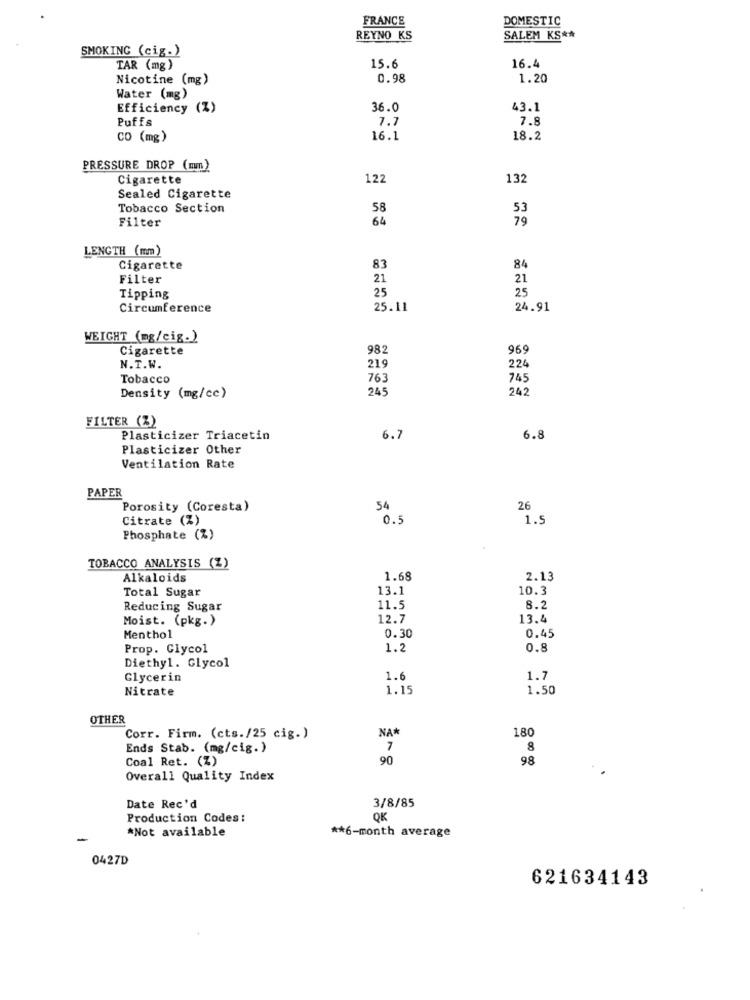
FRANCE
DOMESTIC
REYNO KS
SALEM KS **
SMOKING (cig.)
16.4
TAR (mg)
15.6
Nicotine (mg)
0.98
1.20
Water (mg)
Efficiency (Z)
36.0
43.1
Puffs
1.7
7.8
CO (mg)
16.1
18.2
PRESSURE DROP (mm)
Cigarette
122
132
Sealed Cigarette
Tobacco Section
58
53
Filter
64
79
LENGTH (mm)
Cigarette
83
84
Filter
21
21
25
Tipping
25
Circumference
25.11
24.91
WEIGHT (mg/cig.)
Cigarette
982
969
N.T.W.
219
224
Tobacco
763
745
245
242
Density (mg/cc)
FILTER (%)
Plasticizer Triacetin
6.
6.8
Plasticizer Other
Ventilation Rate
PAPER
Porosity (Coresta)
54
26
Citrate (%)
0.5
1.9
Phosphate (%)
TOBACCO ANALYSIS (Z)
Alkaloids
1.68
2.13
Total Sugar
13.1
10.3
Reducing Sugar
11.5
8.2
Moist. (pkg.)
12.7
13.4
0.45
Menthol
0.30
Prop. Glycol
1.2
0.8
Diethyl. Glycol
Glycerin
1.6
1.7
Nitrate
1.15
1.50
OTHER
NA
180
Corr. Firm. (cts./25 cig.)
Ends Stab. (mg/cig.)
7
8
Coal Ret. (Z)
90
98
Overall Quality Index
3/8/85
Date Rec'd
Production Codes:
QK
*Not available
** 6-month average
0427D
621634143